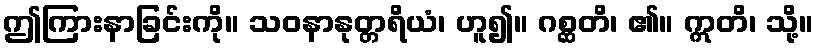
ဤကြားနာခြင်းကို။ သဝနာနုတ္တရိယံ၊ ဟူ၍။ ဂစ္ဆတိ၊ ၏။ ဣတိ၊ သို့။